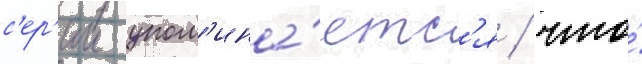
с'ер'ии упом'ина́етс'я / что́